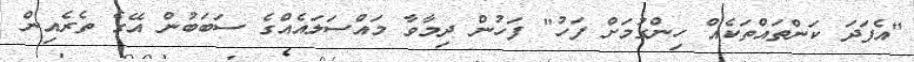
"އެފަދަ ކަންތައްތަކެއް ހިންގުމަށް ފަހު" ފަހުން ދިމާވާ މައްސަލައެއްގެ ސަބަބުން އޭގެ ތެރެއިން